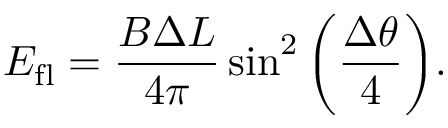
E _ { \mathrm { f l } } = \frac { B \Delta L } { 4 \pi } \sin ^ { 2 } \bigg ( { \frac { \Delta \theta } { 4 } } \bigg ) .